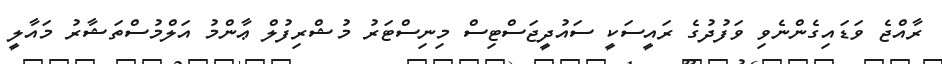
ރާއްޖެ ވަޑައިގެންނެވި ވަފުދުގެ ރައީސަކީ ސައުދީޖަސްޓިސް މިނިސްޓަރު މުޝްރިފުލް ޢާންމު އަލްމުސްތަޝާރު މައާލީ